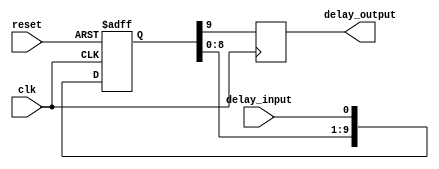
module d_flipflop_delay (
    input wire clk,
    input wire reset,
    input wire delay_input,
    output reg delay_output
);

// Parameter for the delay
parameter DELAY = 10; // Adjust delay value as needed

reg [DELAY-1:0] delay_reg;

always @(posedge clk or posedge reset) begin
    if (reset) begin
        delay_reg <= 0;
    end else begin
        delay_reg <= {delay_reg[DELAY-2:0], delay_input};
    end
end

always @(posedge clk) begin
    delay_output <= delay_reg[DELAY-1];
end

endmodule